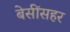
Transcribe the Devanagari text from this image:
बेसींसहर